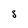
Character: S